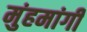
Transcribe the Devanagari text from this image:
मुंहमांगी